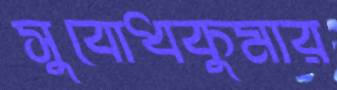
সুবোধকুমার